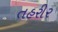
તહરીર